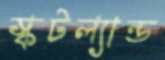
স্কটল্যান্ড